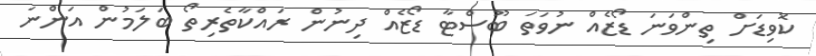
ކޮވިޑަށް ތިންވަނަ ޑޯޒެއް ނުވަތަ ބޫސްޓާ ޑޯޒެއް ދިނުން ރައްކާތެރިތޯ ބަލަމުން އަންނަ